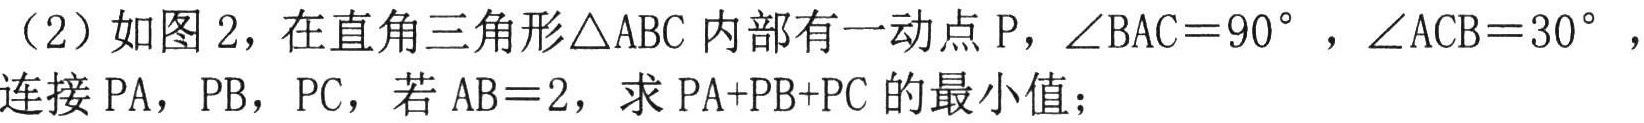
（2）如图2，在直角三角形\(\triangle ABC\)内部有一动点\(P\)，\(\angle BAC = 90^{\circ}\)，\(\angle ACB = 30^{\circ}\)，
连接\(PA\)，\(PB\)，\(PC\)，若\(AB = 2\)，求\(PA + PB + PC\)的最小值；